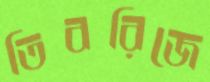
তিবরিজে